Lunatic asylums in Bengal annual reports 1888-1898 - 1888-1898
Year: 1888
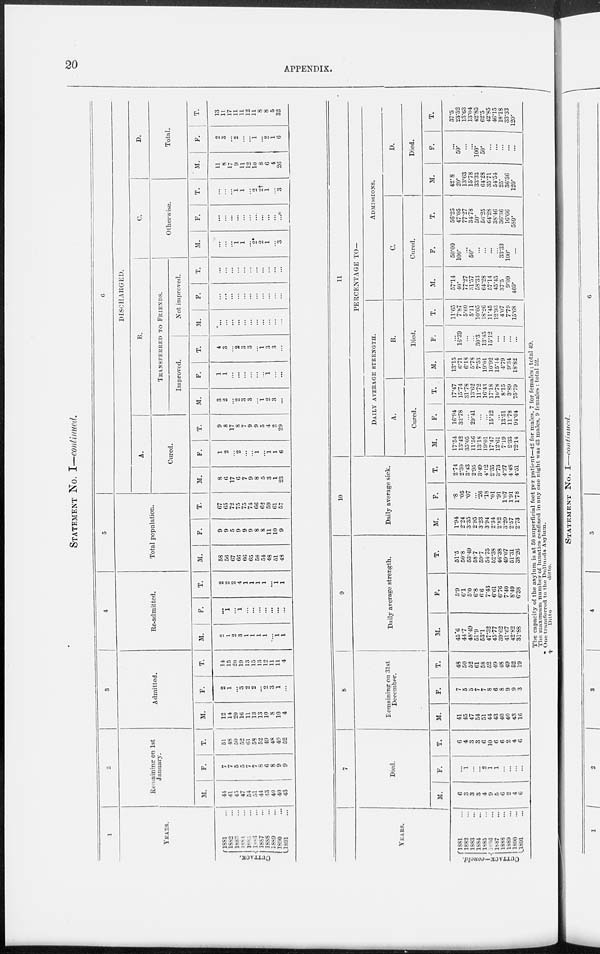
20
APPENDIX.
STATEMENT No. I—continued.
1
YEARS.
CUTTACK.
1881 ...
1882 ...
1883 ...
1884 ...
1885 ...
1886 ...
1887 ...
1888 ...
1889 ...
1890 ...
1891 ...
2
Remaining
on 1st
January.
M.
44
41
45
47
54
51
44
43
40
40
43
F.
7
7
5
5
7
7
8
6
8
9
9
T.
51
48
50
52
61
58
52
49
48
49
52
3
Admitted.
M.
12
14
20
16
11
13
13
10
8
10
4
F.
2
1
...
3
2
2
...
2
3
1
...
T.
14
15
20
19
13
15
13
12
11
11
4
4
Re-admitted.
M.
2
1
2
3
1
1
1
1
...
1
1
F.
...
1
...
1
...
...
...
...
...
...
...
T.
2
2
2
4
1
1
1
1
...
1
1
5
Total population.
M.
58
56
67
66
66
65
58
54
48
51
48
F.
9
9
5
9
9
9
8
8
11
10
9
T.
67
65
72
75
75
74
66
62
59
61
57
6
DISCHARGED.
A.
Cured.
M.
8
6
17
6
7
9
8
5
3
1
23
F.
1
2
...
2
...
...
1
...
1
1
6
T.
9
8
17
8
7
9
9
5
4
2
29
B.
TRANSFERRED TO FRIENDS.
Improved.
M.
3
2
...
2
3
3
...
1
2
3
...
F.
1
1
...
...
...
...
...
...
1
...
...
T.
4
3
...
2
3
3
...
1
3
3
...
Not improved.
M.
...
...
...
...
...
...
...
...
...
...
...
F.
...
...
...
...
...
...
...
...
...
...
...
T.
...
...
...
...
...
...
...
...
...
...
...
C.
Otherwise.
M.
...
...
...
1
1
...
2*
2
1
...
3
F.
...
...
...
...
...
...
...
...
...
...
...
T.
...
...
...
1
1
...
2
2†
1
...
3
D.
Total.
M.
11
8
17
9
11
12
10
8
6
4
26
F.
2
3
...
2
...
...
1
...
2
1
6
T.
13
11
17
11
11
12
11
8
8
5
32
YEARS.
CUTTACK—concld.
1881 ...
1882 ...
1883 ...
1884 ...
1885 ...
1886 ...
1887
...
1888 ...
1889
...
1890 ...
1891...
7
Died.
M.
6
3
3
3
4
9
5
6
2
4
6
F.
...
1
...
...
2
1
1
...
...
...
...
T.
6
4
3
3
6
10
6
6
2
4
6
8
Remaining on 31st
December.
M.
41
45
47
54
51
44
43
40
40
43
16
F.
7
5
5
7
7
8
6
8
9
9
3
T.
48
50
52
61
58
52
49
48
49
52
19
9
Daily average strength.
M.
45.6
44.7
48.49
51.9
53.1
47.32
45.77
39.62
41.67
42.82
31.88
F.
5.9
6.1
5.0
6.8
6.6
7.43
6.61
6.76
7.40
8.49
6.38
T.
51.5
50.8
53.49
58.7
59.7
54.75
52.38
46.38
49.07
51.31
38.26
10
Daily average sick.
M.
1.94
2.24
3.35
2.95
3.23
3.94
2.34
2.82
3.20
2.57
2.73
F.
.8
.05
.07
...
.26
.18
.01
.91
1.07
1.91
1.78
T.
2.74
2.30
3.43
2.95
3.49
4.12
2.35
3.73
4.27
4.48
4.51
11
PERCENTAGE TO—
DAILY AVERAGE STRENGTH.
A.
Cured.
M.
17.54
13.42
35.05
11.56
13.18
19.01
17.47
12.61
7.19
2.33
72.14
F.
16.94
32.78
...
29.41
...
...
15.12
...
13.51
11.78
94.04
T.
17.47
15.74
31.78
13.62
11.72
16.43
17.18
10.78
8.15
3.89
75.79
B.
Died.
M.
13.15
6.71
6.18
5.78
7.53
19.01
10.92
15.14
4.79
9.34
18.82
F.
...
16.39
...
...
30.3
13.45
15.12
...
...
...
...
T.
11.65
7.87
5.60
5.11
10.05
18.26
11.45
12.93
4.07
7.79
15.68
ADMISSIONS.
C.
Cured.
M.
57.14
40.
77.27
31.57
58.33
64.28
57.14
45.45
37.5
9.09
460.
F.
50.00
100.
...
50.
...
...
...
...
33.33
100.
...
T.
56.25
47.05
77.27
34.78
50.
56.25
64.28
38.46
36.36
16.66
580.
D.
Died.
M.
42.8
20.
13.63
15.78
33.33
64.28
35.71
54.54
25.
36.36
120.
F.
...
50.
...
...
100.
50.
...
...
...
...
...
T.
37.5
23.52
13.63
13.04
42.85
62.5
42.85
46.15
18.18
33.33
120.
The capacity of the asylum is at 50 superficial feet per patient—42 for males, 7 for females : total 49.
The maximum number of lunatics confined in any one night was 43 males, 9 females : total 52.
* One transferred to the Dullunda Asylum.
†
Ditto
ditto.